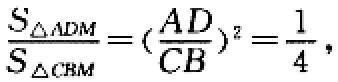
$\frac{S_{\triangle ADM}}{S_{\triangle CBM}} = (\frac{AD}{CB})^2 = \frac{1}{4}$